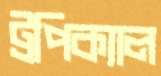
ট্রপিক্যাল